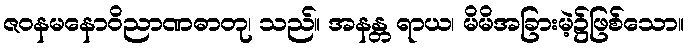
ဇဝနမနောဝိညာဏဓာတု၊ သည်။ အနန္တ ရာယ၊ မိမိအခြားမဲ့၌ဖြစ်သော။